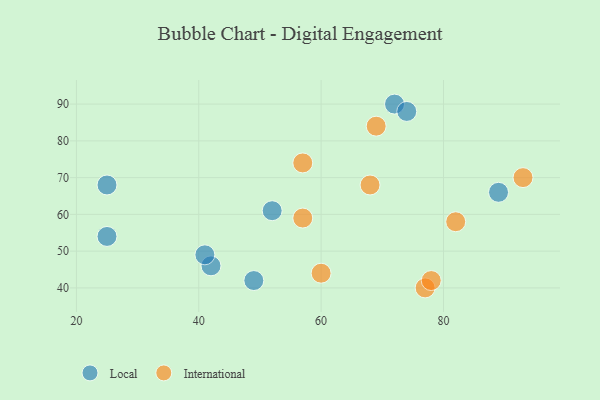
{"axis": {"x": "GDP", "y": "Life Expectancy"}, "legend": ["International", "Local"], "data": [{"x": "89", "y": 66, "type": "Local"}, {"x": "52", "y": 61, "type": "Local"}, {"x": "42", "y": 46, "type": "Local"}, {"x": "72", "y": 90, "type": "Local"}, {"x": "41", "y": 49, "type": "Local"}, {"x": "49", "y": 42, "type": "Local"}, {"x": "74", "y": 88, "type": "Local"}, {"x": "25", "y": 68, "type": "Local"}, {"x": "25", "y": 54, "type": "Local"}, {"x": "68", "y": 68, "type": "International"}, {"x": "77", "y": 40, "type": "International"}, {"x": "69", "y": 84, "type": "International"}, {"x": "57", "y": 59, "type": "International"}, {"x": "82", "y": 58, "type": "International"}, {"x": "57", "y": 74, "type": "International"}, {"x": "60", "y": 44, "type": "International"}, {"x": "78", "y": 42, "type": "International"}, {"x": "93", "y": 70, "type": "International"}]}